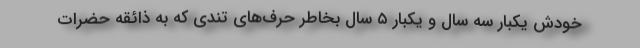
خودش یکبار سه سال و یکبار ۵ سال بخاطر حرف‌های تندی که به ذائقهٔ حضرات